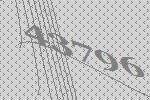
43796